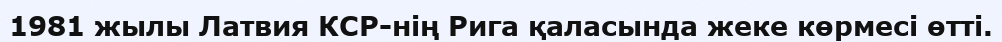
1981 жылы Латвия КСР-нің Рига қаласында жеке көрмесі өтті.